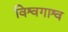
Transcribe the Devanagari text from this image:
विश्वगाश्व